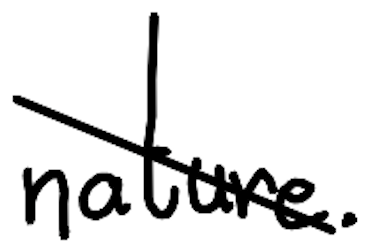
Text: nature.
Cross-out: diagonal
Writing tool: digital_black